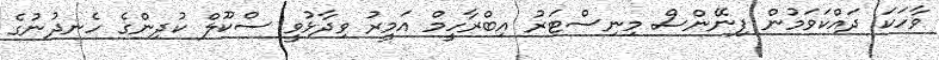
ވާހަކަ ދައްކަވަމުން ފިނޭންސް މިނިސްޓަރު އިބްރާހީމް އަމީރު ވިދާޅުވީ ސްކޫލް ކުދިންގެ ހެނދުނުގެ